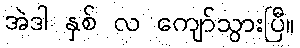
အဲဒါ နှစ် လ ကျော်သွားပြီ။